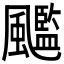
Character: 𲋌